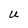
Character: U